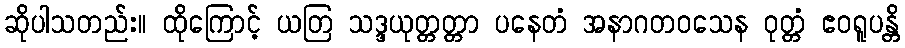
ဆိုပါသတည်း။ ထိုကြောင့် ယတြ သဒ္ဒယုတ္တတ္တာ ပနေတံ အနာဂတဝသေန ဝုတ္တံ ဧဝရူပန္တိ